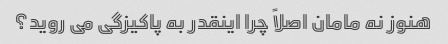
هنوز نه مامان اصلاً چرا اینقدر به پاکیزگی می روید؟